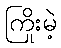
ကြိုးမဲ့